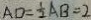
A D = \frac { 1 } { 2 } A B = 2